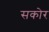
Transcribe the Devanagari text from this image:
सकोर